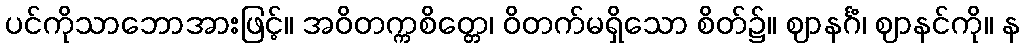
ပင်ကိုသာဘောအားဖြင့်။ အဝိတက္ကစိတ္တေ၊ ဝိတက်မရှိသော စိတ်၌။ ဈာနင်္ဂံ၊ ဈာနင်ကို။ န